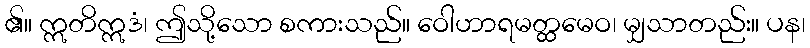
၏။ ဣတိဣဒံ၊ ဤသို့သော စကားသည်။ ဝေါဟာရမတ္ထမေဝ၊ မျှသာတည်း။ ပန၊